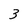
Character: 3